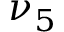
\nu _ { 5 }